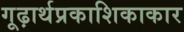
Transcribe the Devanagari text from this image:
गूढ़ार्थप्रकाशिकाकार